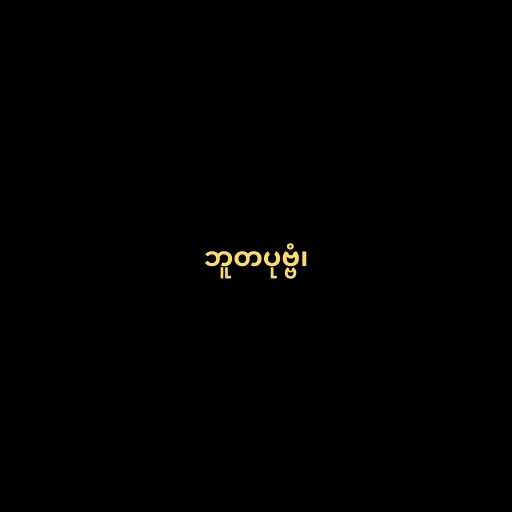
ဘူတပုဗ္ဗံ၊